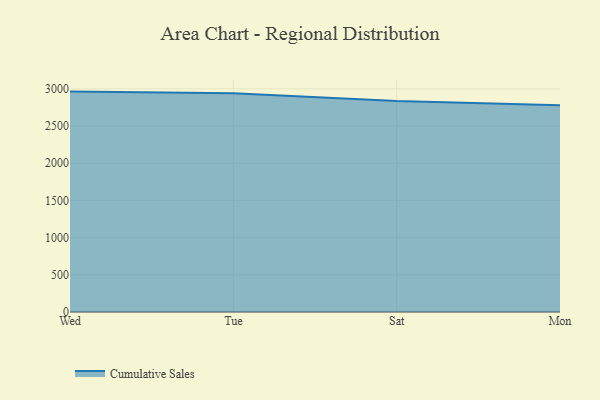
{"axis": {"x": "Day", "y": "Revenue (USD Million)"}, "legend": ["Cumulative Sales"], "data": [{"x": "Wed", "y": 2962.6, "type": "Cumulative Sales"}, {"x": "Tue", "y": 2939.6, "type": "Cumulative Sales"}, {"x": "Sat", "y": 2835.1, "type": "Cumulative Sales"}, {"x": "Mon", "y": 2779.7, "type": "Cumulative Sales"}]}